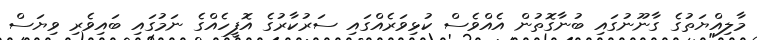
މާލިއްޔަތުގެ ގާނޫނުގައި ބުނާގޮތުން އެއްވެސް ކުޅިވަރެއްގައި ސަރުކާރުގެ އޮފީހެއްގެ ނަމުގައި ބަައިވެރި ވިޔަސް